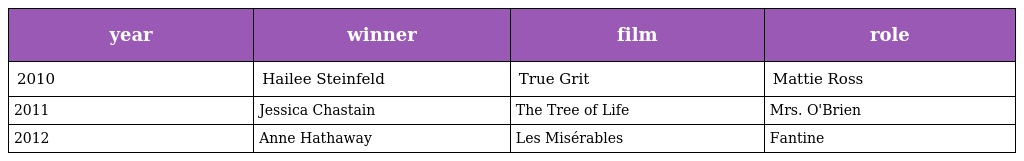
| year | winner | film | role |
 | --- | --- | --- | --- |
 | 2010 | Hailee Steinfeld | True Grit | Mattie Ross |
 | 2011 | Jessica Chastain | The Tree of Life | Mrs. O'Brien |
 | 2012 | Anne Hathaway | Les Misérables | Fantine |